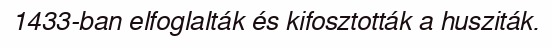
1433-ban elfoglalták és kifosztották a husziták.